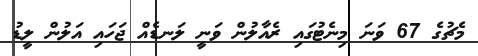
މެޗުގެ 67 ވަނަ މިނެޓުގައި ރެއާލުން ވަނީ ލަނޑެއް ޖަހައި އަލުން ލީޑު